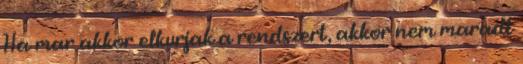
Ha mar akkor elkurjak a rendszert, akkor nem maradt